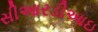
સીઆરડીઆઇ